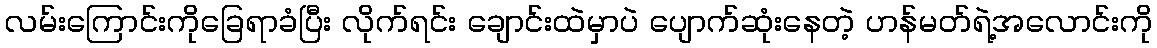
လမ်းကြောင်းကိုခြေရာခံပြီး လိုက်ရင်း ချောင်းထဲမှာပဲ ပျောက်ဆုံးနေတဲ့ ဟန်မတ်ရဲ့အလောင်းကို